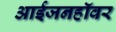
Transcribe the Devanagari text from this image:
आईजनहॉवर